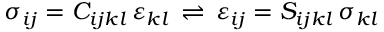
\sigma _ { i j } = C _ { i j k l } \, \varepsilon _ { k l } \, \rightleftharpoons \, \varepsilon _ { i j } = S _ { i j k l } \, \sigma _ { k l }